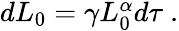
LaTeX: \begin{array}{r}{dL_{0}=\gamma L_{0}^{\alpha}d\tau\ .}\end{array}